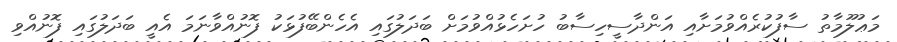
މަޢުލޫމާތު ސާފުކުރެއްވުމަށާއި އަންދާސީހިސާބު ހުށަހެޅުއްވުމަށް ބަދަލުގައި އެހެންބޭފުޅަކު ފޮނުއްވާނަމަ އެއީ ބަދަލުގައި ފޮނުއްވި